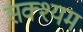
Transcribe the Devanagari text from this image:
सक्श्यम